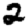
Digit: 2